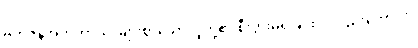
ဗဟုဇနအဟိတာယ၊ များစွာသောလူတို့၏ စီးပွားမရှိခြင်းငှာလည်းကောင်း။